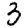
Digit: 3